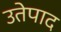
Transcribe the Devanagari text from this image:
उतेपाद